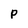
Character: P